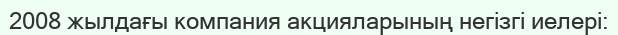
2008 жылдағы компания акцияларының негізгі иелері: